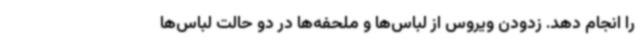
را انجام دهد. زدودن ویروس از لباس‌ها و ملحفه‌ها در دو حالت لباس‌ها